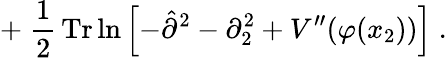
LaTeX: +\; \frac{1}{2}\, \mathrm{Tr}\ln\left[-\hat{\partial}^{2}-\partial_{2}^{2}+V^{\prime\prime}(\varphi(x_{2}))\right]\; .